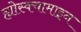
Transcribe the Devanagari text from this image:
ह्योस्क्यामाइन